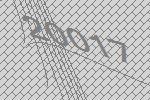
20017